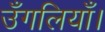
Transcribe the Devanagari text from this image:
उँगलियाँ।